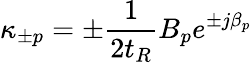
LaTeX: \kappa_{\pm p}=\pm\frac{1}{2t_{R}}B_{p}e^{\pm j\beta_{p}}